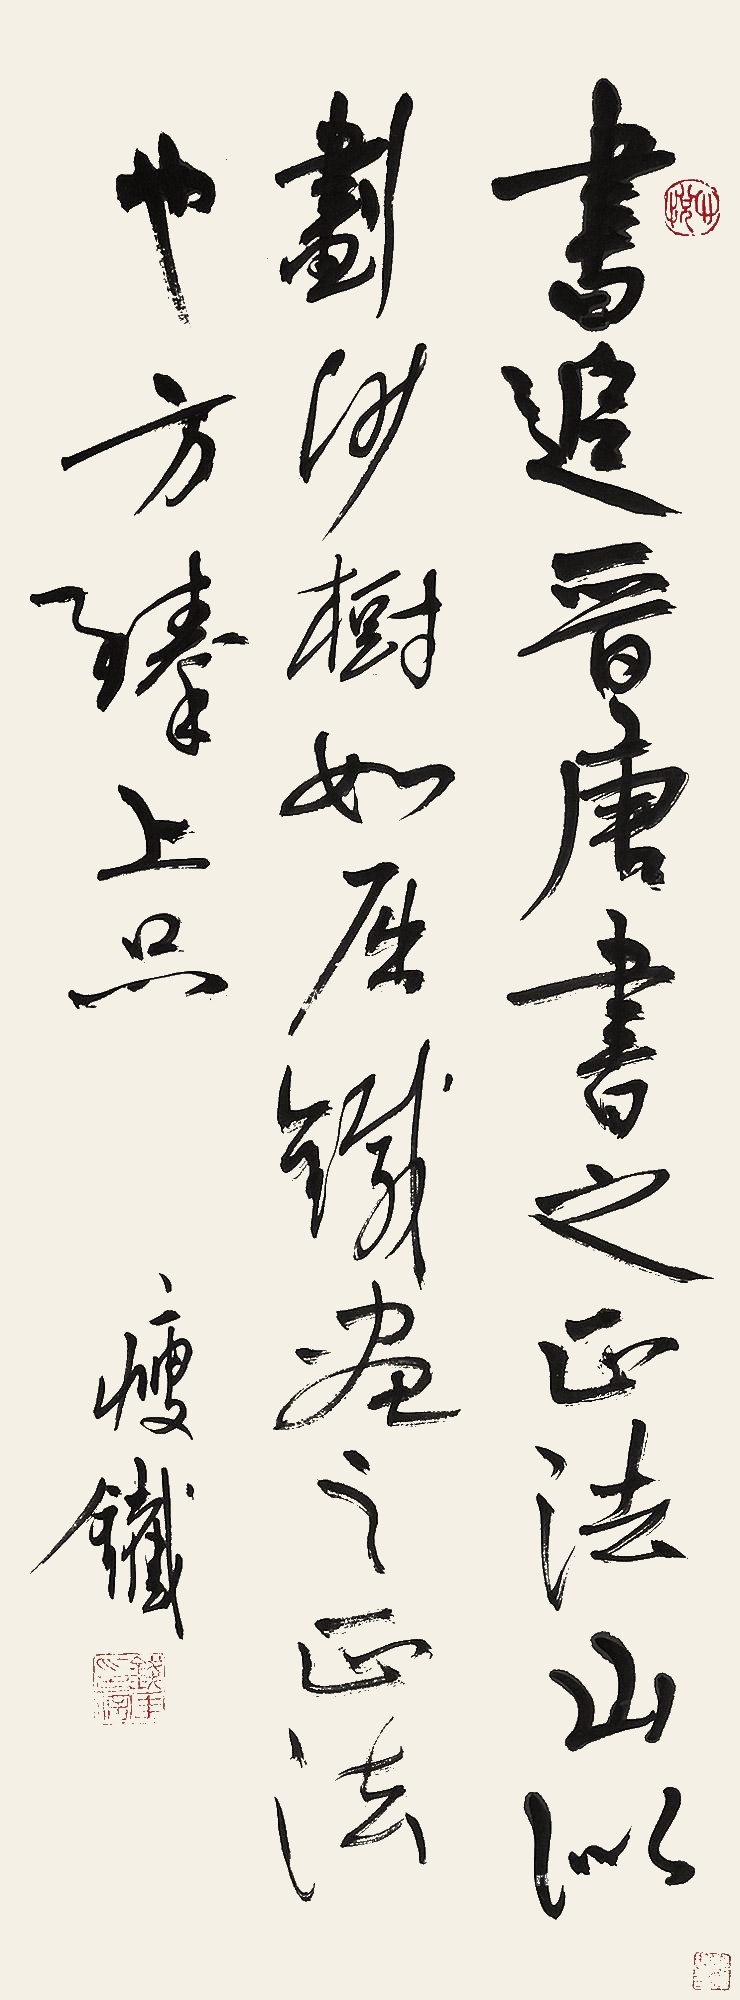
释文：书追晋唐，书之正法。山似划沙，树如屈铁，画之正法也，方臻上品。瘦铁。